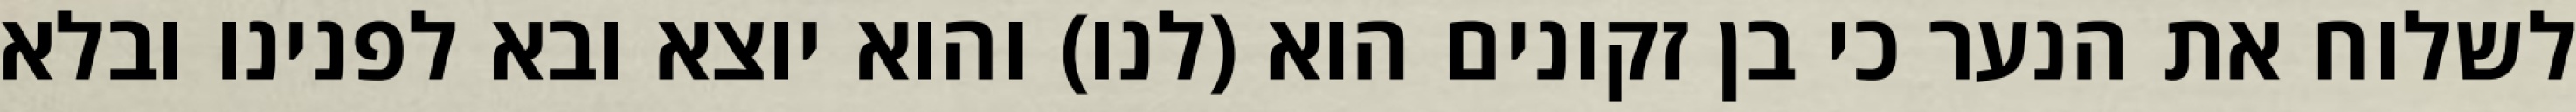
לשלוח את הנער כי בן זקונים הוא (לנו) והוא יוצא ובא לפנינו ובלא